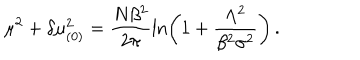
\mu ^ { 2 } + \delta \mu _ { ( 0 ) } ^ { 2 } = \frac { N \beta ^ { 2 } } { 2 \pi } \ln \left( 1 + \frac { \Lambda ^ { 2 } } { \beta ^ { 2 } \sigma ^ { 2 } } \right) \, .